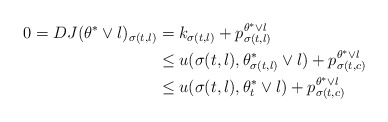
\begin{align*}0=DJ(\theta^* \vee l)_{\sigma(t,l)}&=k_{\sigma(t,l)} +p_{\sigma(t,l)}^{\theta^*\vee l} \\ &\leq u(\sigma(t,l),\theta^*_{\sigma(t,l)}\vee l)+p_{\sigma(t,c)}^{\theta^*\vee l} \\&\leq u(\sigma(t,l),\theta^*_t\vee l)+p_{\sigma(t,c)}^{\theta^*\vee l} \end{align*}